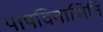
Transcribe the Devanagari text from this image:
पापविनाशिनि